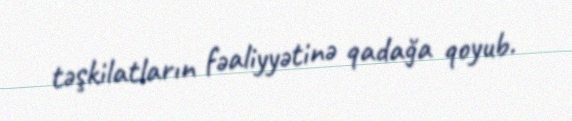
təşkilatların fəaliyyətinə qadağa qoyub.